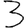
Digit: 3